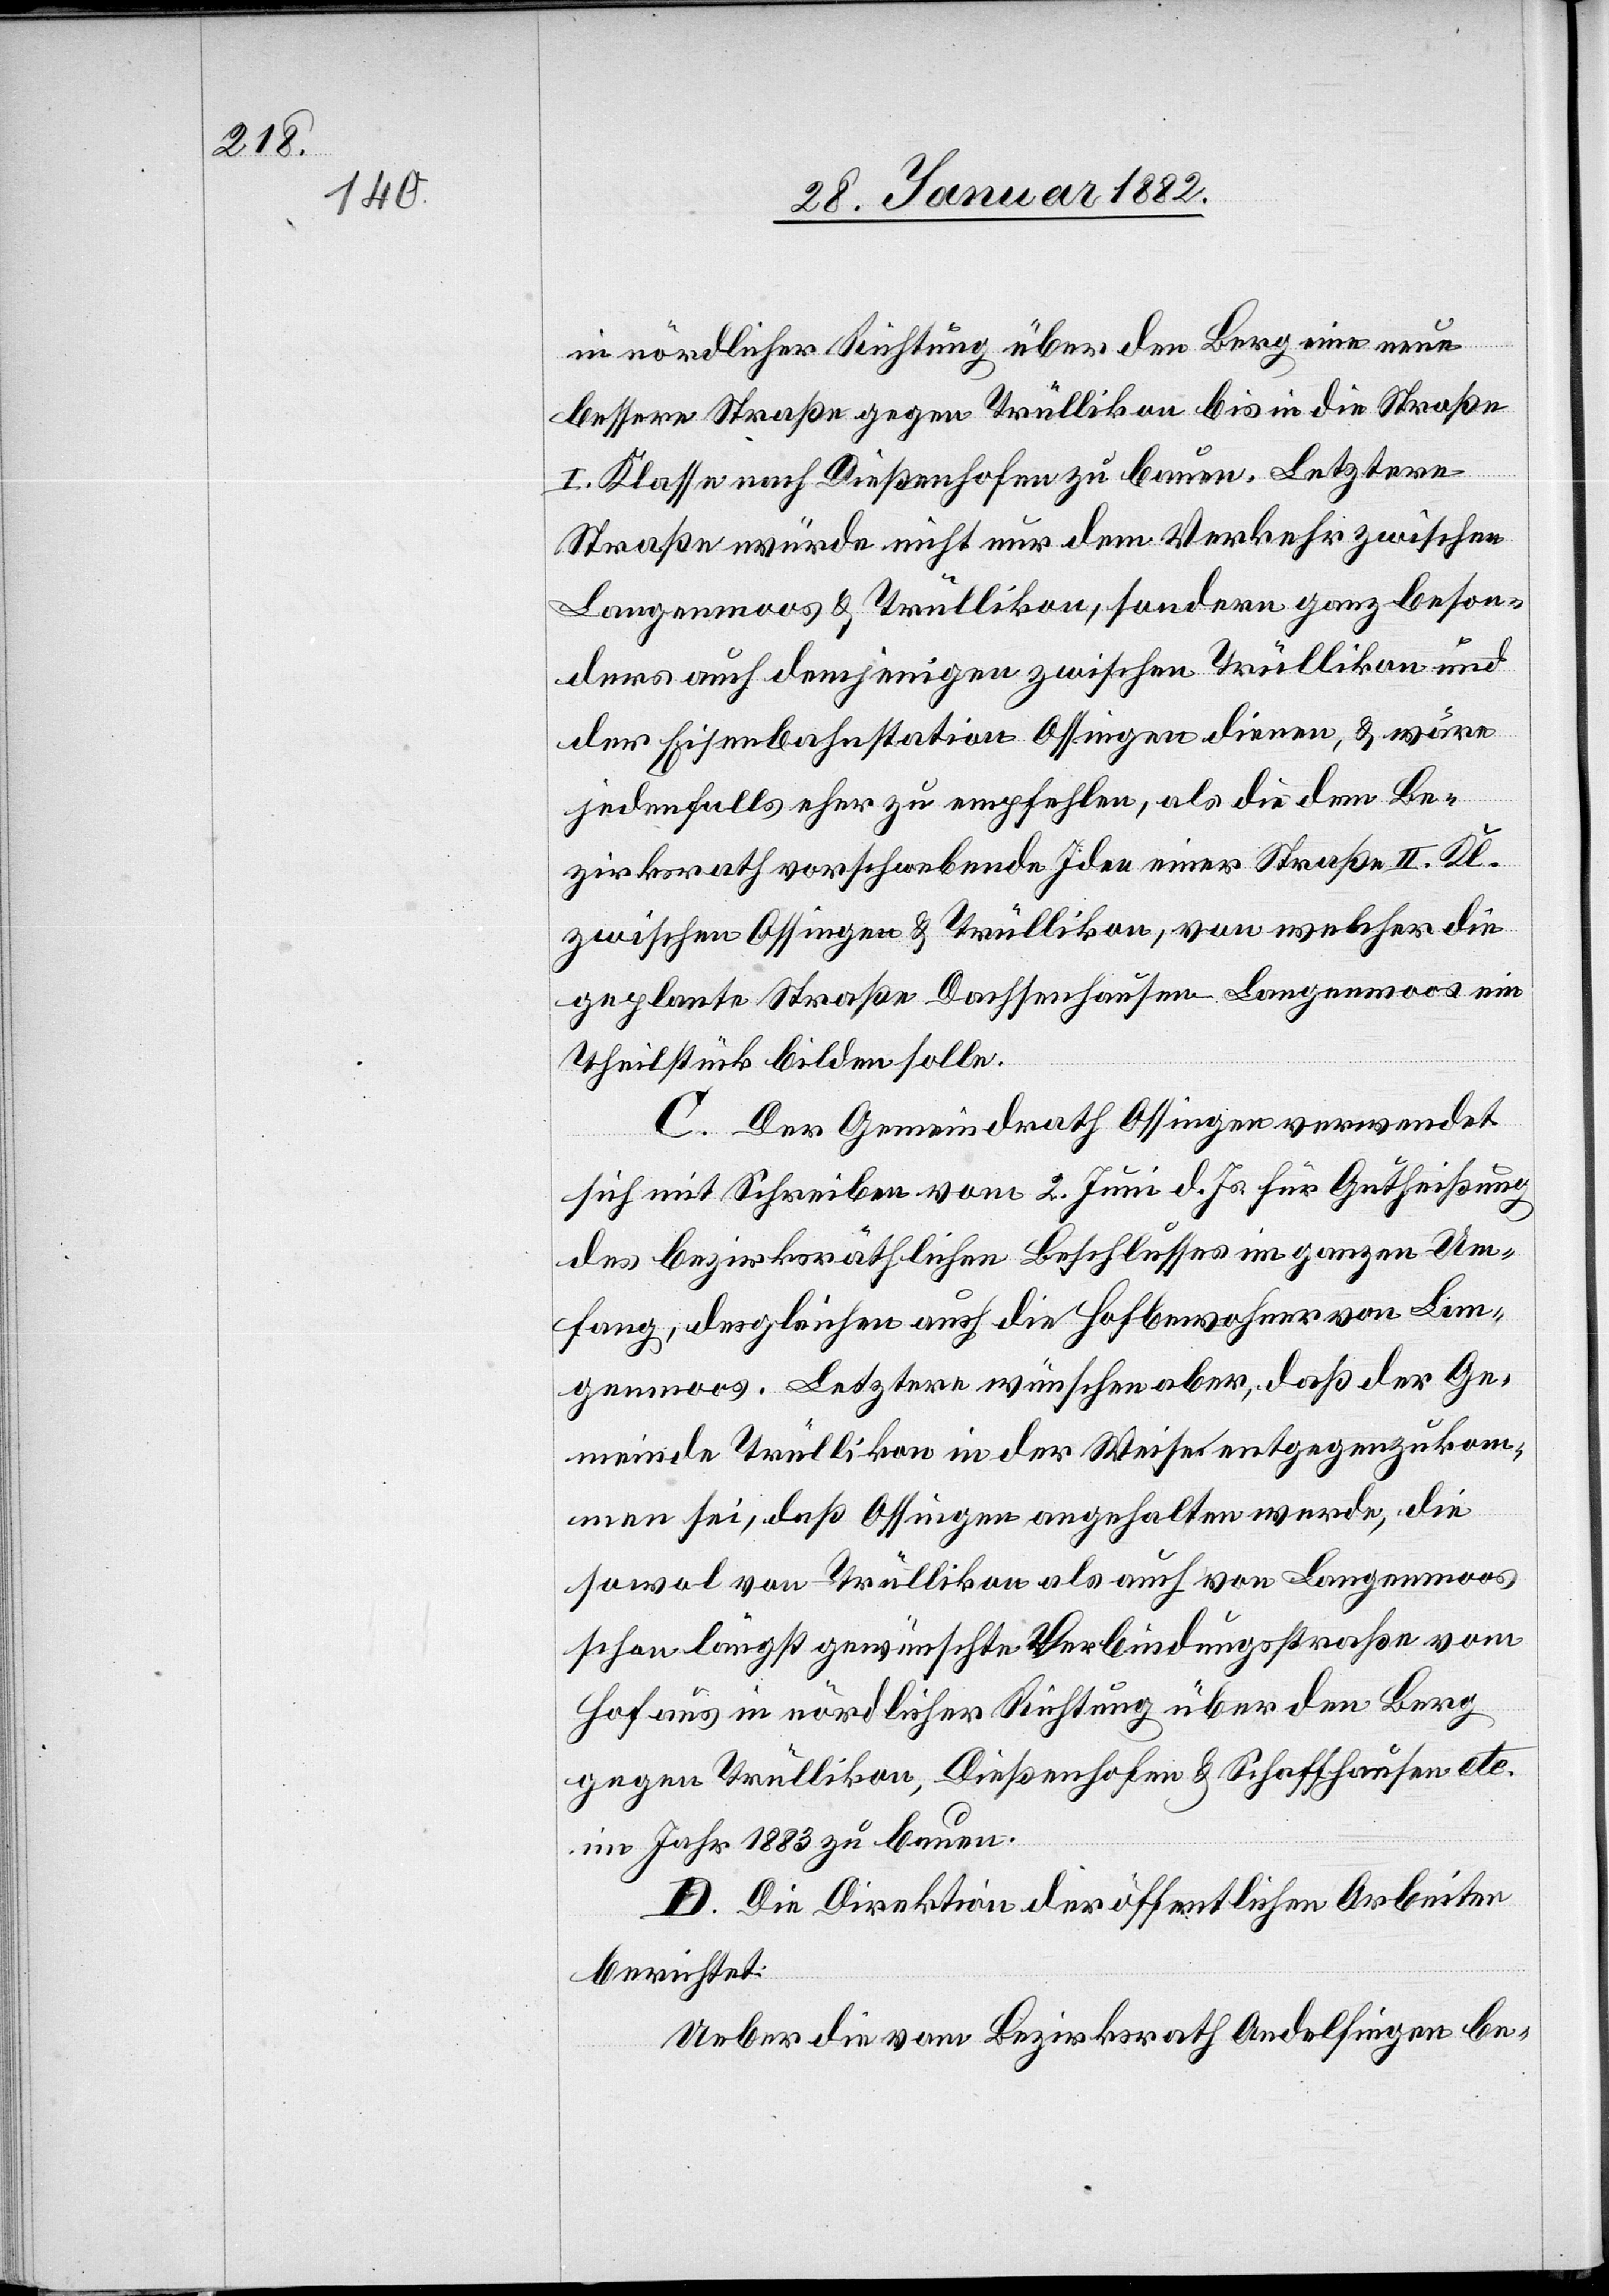
in nördlicher Richtung über den Berg eine neue
bessere Straße gegen Trüllikon an bis in die Straße
I. Klasse nach Dießenhofen zu bauen. Letztere
Straße würde nicht nur dem Verkehr zwischen
Langenmoos & Trüllikon, sondern ganz beson¬
ders auch demjenigen zwischen Trüllikon und
der Eisenbahnstation Ossingen dienen, & wäre
jedenfalls eher zu empfehlen, als die den Be¬
zirksrath vorschwebende Idee einer Straße II. Kl.
zwischen Ossingen & Trüllikon, von welcher die
geplante Straße Dachsenhausen–Langenmoos eine
Theilstück bilden solle.
C. Der Gemeindrath Offingen verwendet
sich mit Schreiben vom 2. Juni d. Js. für Gutheißung
des bezirksräthlichen Beschlusses im ganzen Um¬
fang, desgleichen auch die Hofbewohner von Lan¬
genmoos. Letztere wünschen aber, daß der Ge¬
meinde Trüllikon in der Weise entgegenzukom¬
men sei, daß Ossingen angehalten werde, die
sowol von Trüllikon als auch von Langenmoos
schon längst gewünschte Verbindungstraße vom
Hof aus in nördlicher Richtung über den Berg
gegen Trüllikon, Dießenhofen & Schaffhausen etc.
im Jahr 1883 zu bauen.
D. Die Direktion der öffentlichen Arbeiten
berichtet:
Ueber die vom Bezirksrath Andelfingen be-